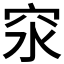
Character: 𥤼